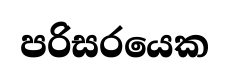
පරිසරයෙක